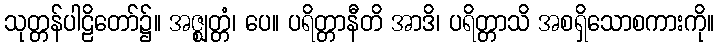
သုတ္တန်ပါဠိတော်၌။ အဇ္ဈတ္တံ၊ ပေ။ ပရိတ္တာနီတိ အာဒိ၊ ပရိတ္တာသိ အစရှိသောစကားကို။